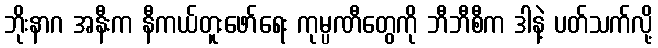
ဘိုးနာဂ အနီးက နီကယ်တူးဖော်ရေး ကုမ္ပဏီတွေကို ဘီဘီစီက ဒါနဲ့ ပတ်သက်လို့